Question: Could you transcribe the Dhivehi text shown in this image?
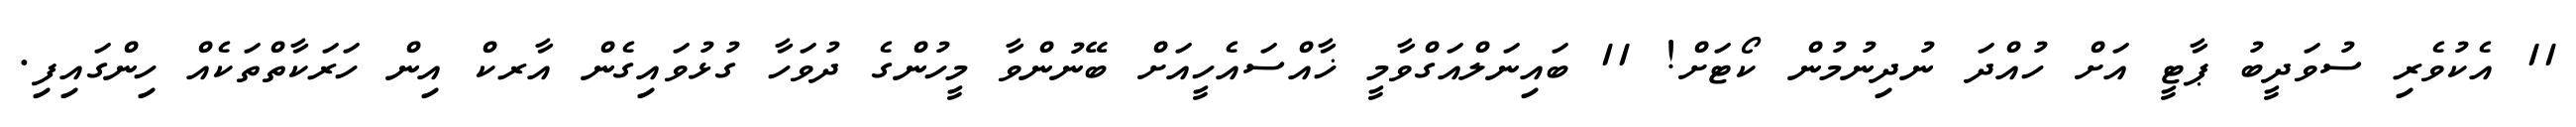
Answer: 11 އެކުވެރި ސުވަދީބު ޕާޓީ އަށް ހުއްދަ ނުދިނުމުން ކޯޓަށް! 11 ބައިނަލްއަގްވާމީ ޚާއްސައެހީއަށް ބޭނުންވާ މީހުންގެ ދުވަހާ ގުޅުވައިގެން އާރކް އިން ހަރަކާތްތަކެއް ހިންގައިފި.